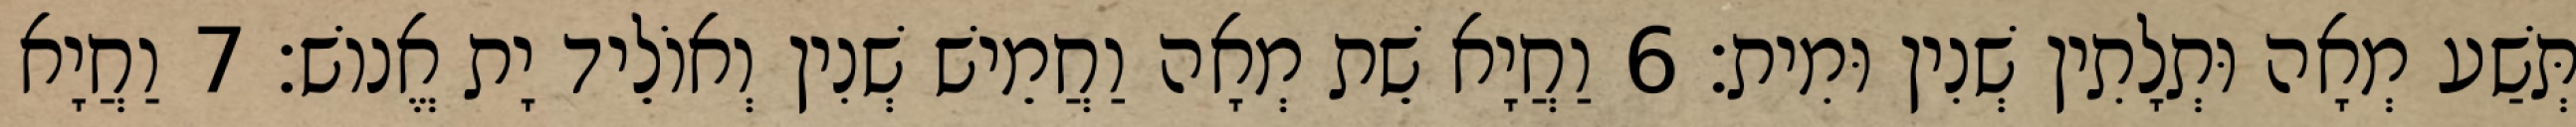
תְּשַׁע מְאָה וּתְלָתִין שְׁנִין וּמִית׃ 6 וַחֲיָא שֵׁת מְאָה וַחֲמֵישׁ שְׁנִין וְאוֹלֵיד יָת אֱנוֹשׁ׃ 7 וַחֲיָא